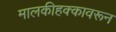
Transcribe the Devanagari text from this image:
मालकीहक्कावरून